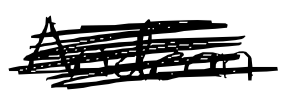
Text: Andean
Cross-out: scratch
Writing tool: digital_black